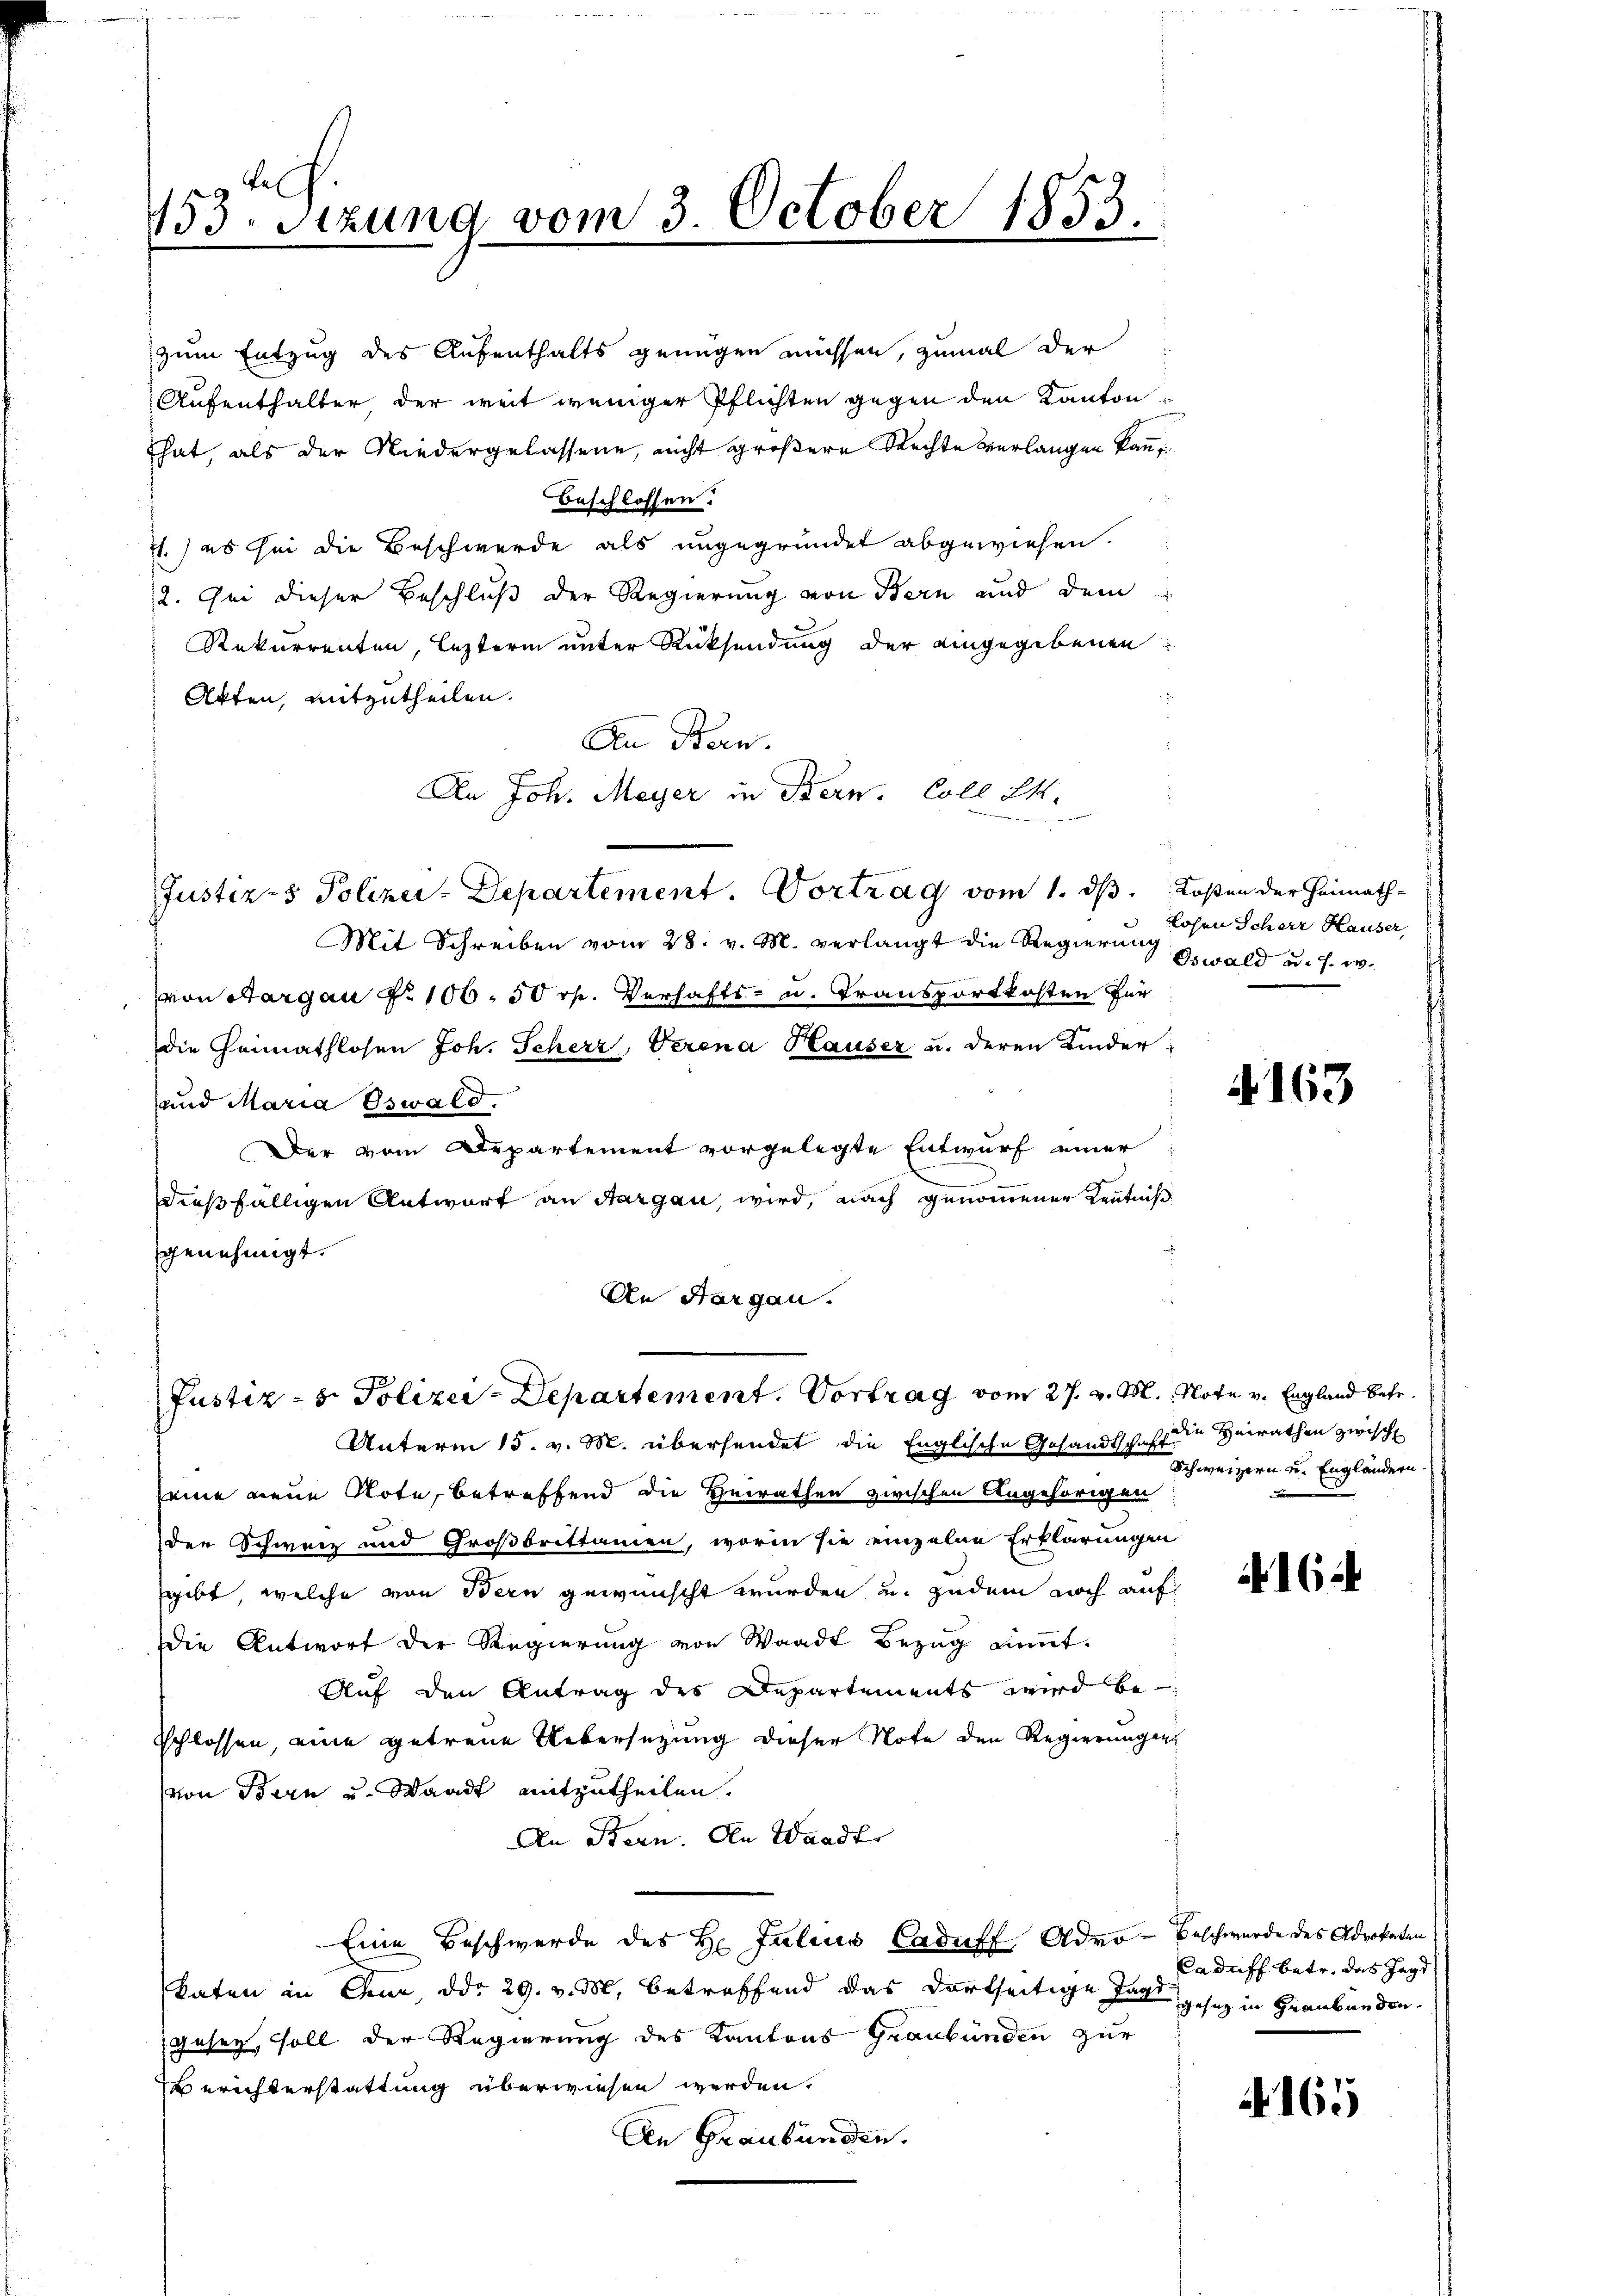
fe
753. Sitzung vom 3. October 1853.
.

zum Entzug des Aufenthalts genügen müssen, zumal der
Aufenthalter der weit weniger Pflichten gegen den Kanton
That, als der Niedergelassene, nicht größere Rechte verlangen kann
Beschlossen.
71.) es sei die Beschwerde als ungegründet abgewiesen.
2. Sei dieser Beschluß der Regierung von Bern und dem
Rekurrenten, lezterm unter Rücksendung der eingegebenen
Akten, mitzutheilen.
Den Bern.
An Joh. Meyer in Bern. Coll 24.
Justiz- & Polizei-Departement. Vortrag vom 1. ds. Kosten der Heimath¬
Mit Schreiben vom 28. v. M. verlangt die Regierung gewald a. s. w.
von Aargau No 106. 50 rp. Verhafts- u. Transportkosten für
die Heimathlosen Joh. Scherz, Verena Hauser u. deren Kinder-
und Maria Oswald.
Der vom Departement vorgelegte Entwurf einer
dießfälligen Antwort an Sargau, wird, nach genommener Kenntniß
genehmigt.
An Aargau.

Unterm 15. v. M. übersendet die Englische Gesandtschaft die Heirathen zwisch
seine neue Note, betreffend die Heirathen zwischen Angehörigen
der Schweiz und Großbrittamen, worin sie einzelne Erklärungen
gibt, welche von Bern gewünscht wurden, u. zudem noch auf
Die Antwort der Regierung von Waadt Bezug nimmt.
Auf den Antrag des Departements wird be¬
Schlossen, eine getreue Uebersetzung dieser Note den Regierungen
von Bern und Waadt mitzutheilen.
An Stern. An Waadt
Eine Beschwerde des H. Julius Caduff, Advo-Beschwerde des Advokaten
katen in Chur, ddo 29. v. M. betreffend das dortseitige Tage gesez in Graubünden.
gesey, soll der Regierung des Kantons Graubünden zur
Berichterstattung überwiesen werden.
An Graubünden.

Justiz- & Polizei-Departement. Vortrag vom 27. v. M. Note v. England betr.

Lohen Scherr Hauser,

A 163

Schweizern u. Engländern.

164

Caduff betr. das Jagd

165